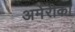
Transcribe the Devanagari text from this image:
अमेंरीका